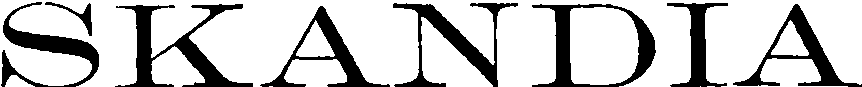
SKANDIA